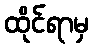
ထိုင်ရာမှ